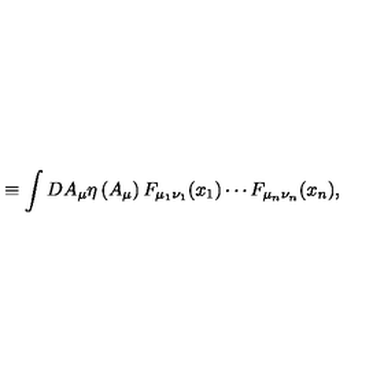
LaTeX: \equiv \int D A _ { \mu } \eta \left( A _ { \mu } \right) F _ { \mu _ { 1 } \nu _ { 1 } } ( x _ { 1 } ) \cdots F _ { \mu _ { n } \nu _ { n } } ( x _ { n } ) ,